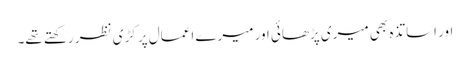
اور اساتذہ بھی میری پڑھائی اور میرے اعمال پر کڑی نظر رکھتے تھے۔